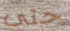
حتى